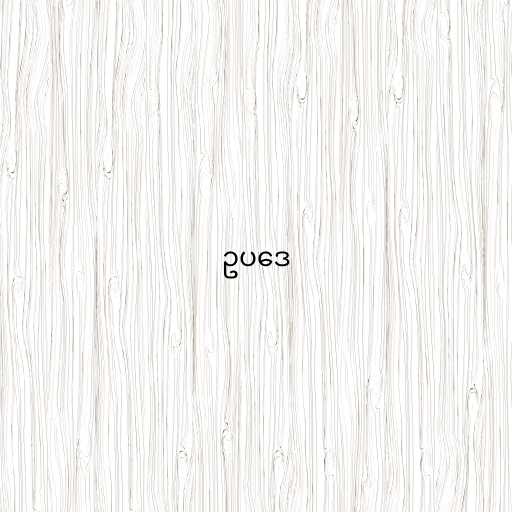
ဥပဒေ